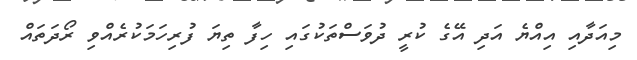
މިއަދާއި އިއްޔެ އަދި އޭގެ ކުރީ ދުވަސްތަކުގައި ހިފާ ތިޔަ ފުރިހަމަކުރެއްވި ރޯދަތައް